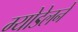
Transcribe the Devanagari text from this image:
ग्योडेलने